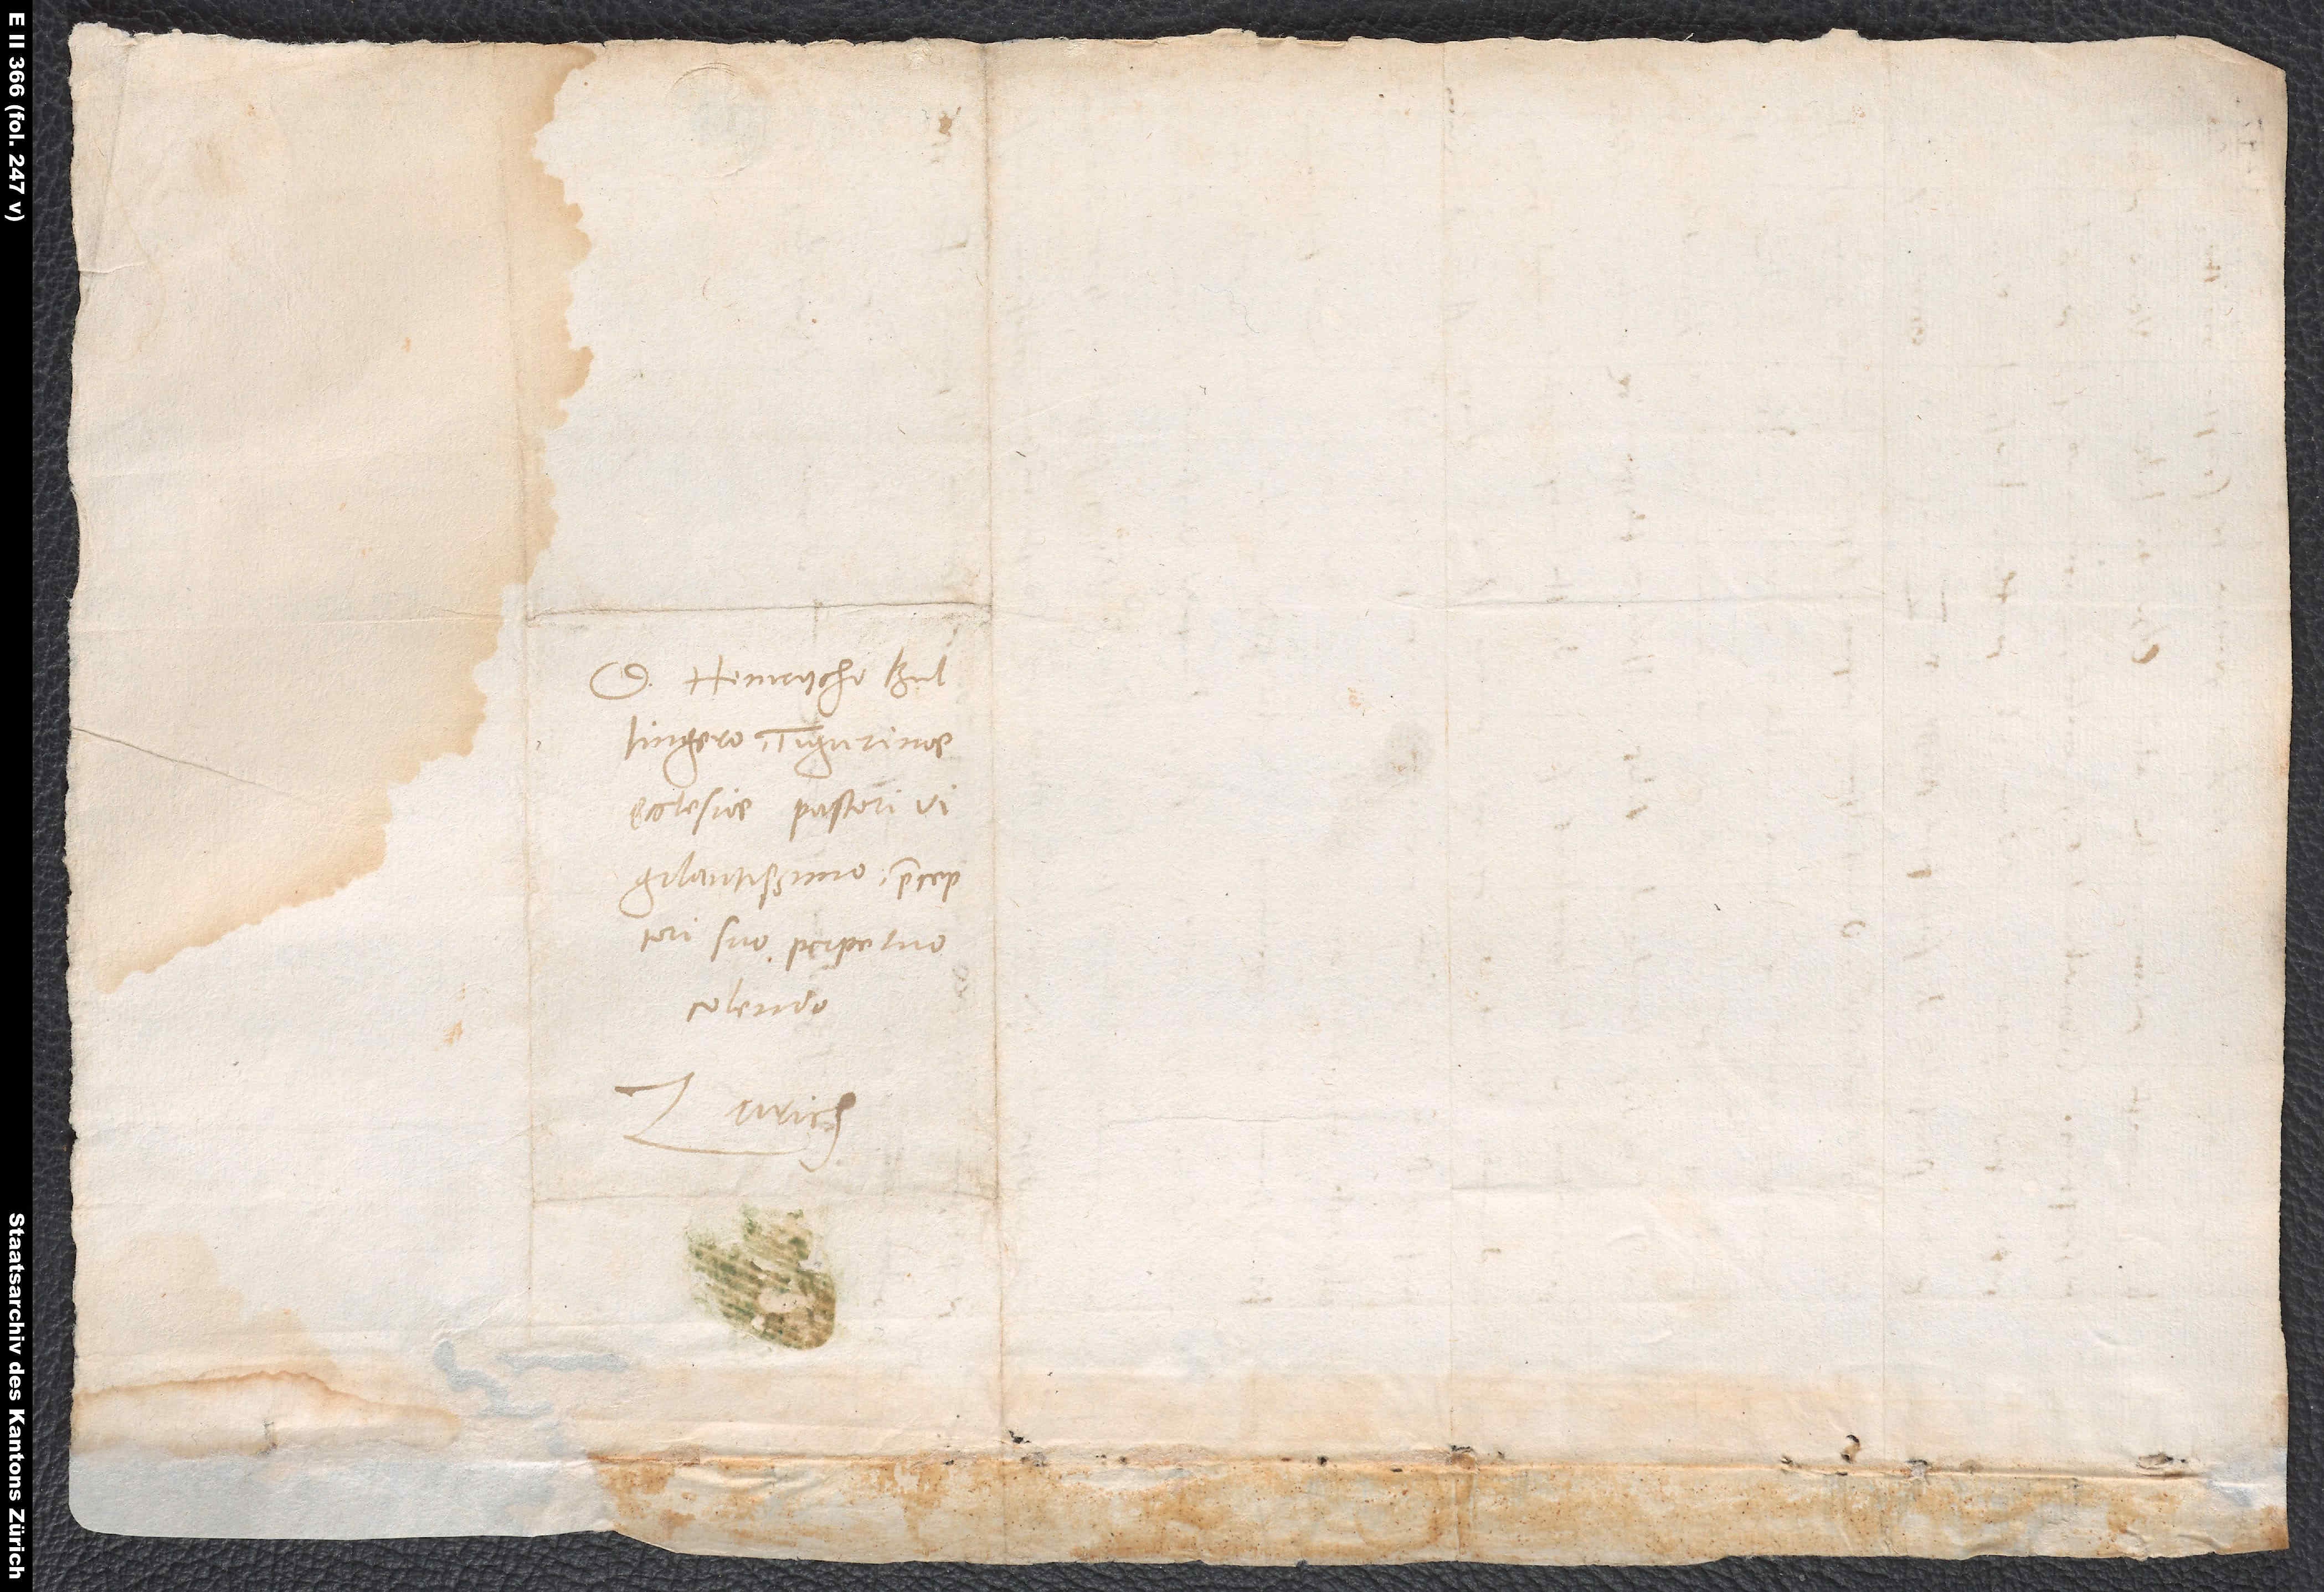
D. Heinrycho
Bullingero, Tigurinae
ecclesiae pastori
vigilantissimo, praeceptori
suo perpetuo
colendo.
Zurich.